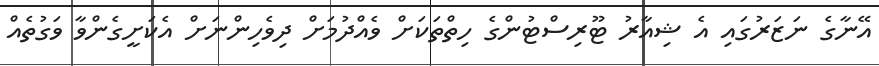
އޭނާގެ ނަޒަރުގައި އެ ޝިއާރު ޓޫރިސްޓުންގެ ހިތްތަކަށް ވެއްދުމަށް ދިވެހިންނަށް އެކަށީގެންވާ ވަގުތެއް